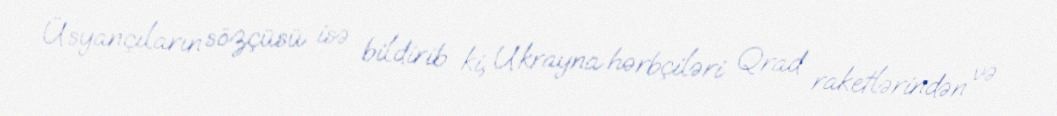
Üsyançıların sözçüsü isə bildirib ki, Ukrayna hərbçiləri Qrad raketlərindən və